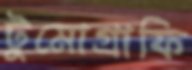
টুমোগ্রাফি